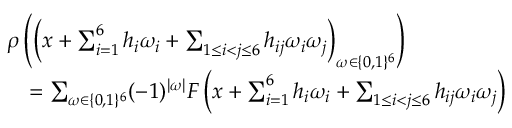
\begin{array} { r l } & { \rho \left( \left( x + \sum _ { i = 1 } ^ { 6 } h _ { i } \omega _ { i } + \sum _ { 1 \leq i < j \leq 6 } h _ { i j } \omega _ { i } \omega _ { j } \right) _ { \omega \in \{ 0 , 1 \} ^ { 6 } } \right) } \\ & { \quad = \sum _ { \omega \in \{ 0 , 1 \} ^ { 6 } } ( - 1 ) ^ { | \omega | } F \left( x + \sum _ { i = 1 } ^ { 6 } h _ { i } \omega _ { i } + \sum _ { 1 \leq i < j \leq 6 } h _ { i j } \omega _ { i } \omega _ { j } \right) } \end{array}